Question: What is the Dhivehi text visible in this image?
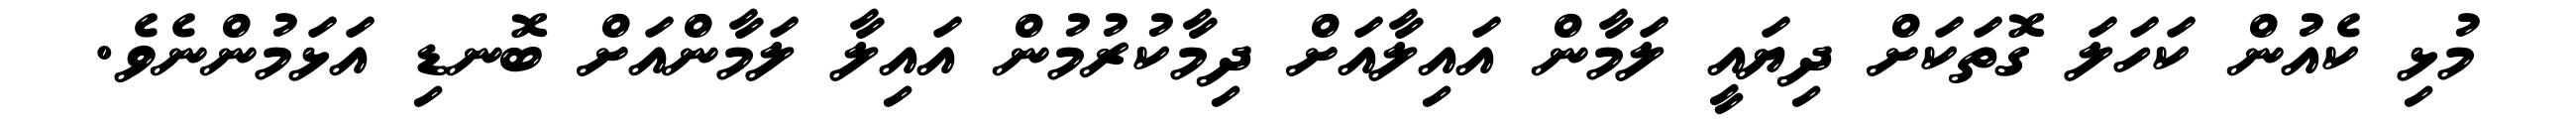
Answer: މުޅި ކެއުން ކަހަލަ ގޮތަކަށް ދިޔައީ ލަމާން އައިލާއަށް ދިމާކުރުމުން އައިލާ ލަމާންއަށް ބޮނޑި އަޅަމުންނެވެ.